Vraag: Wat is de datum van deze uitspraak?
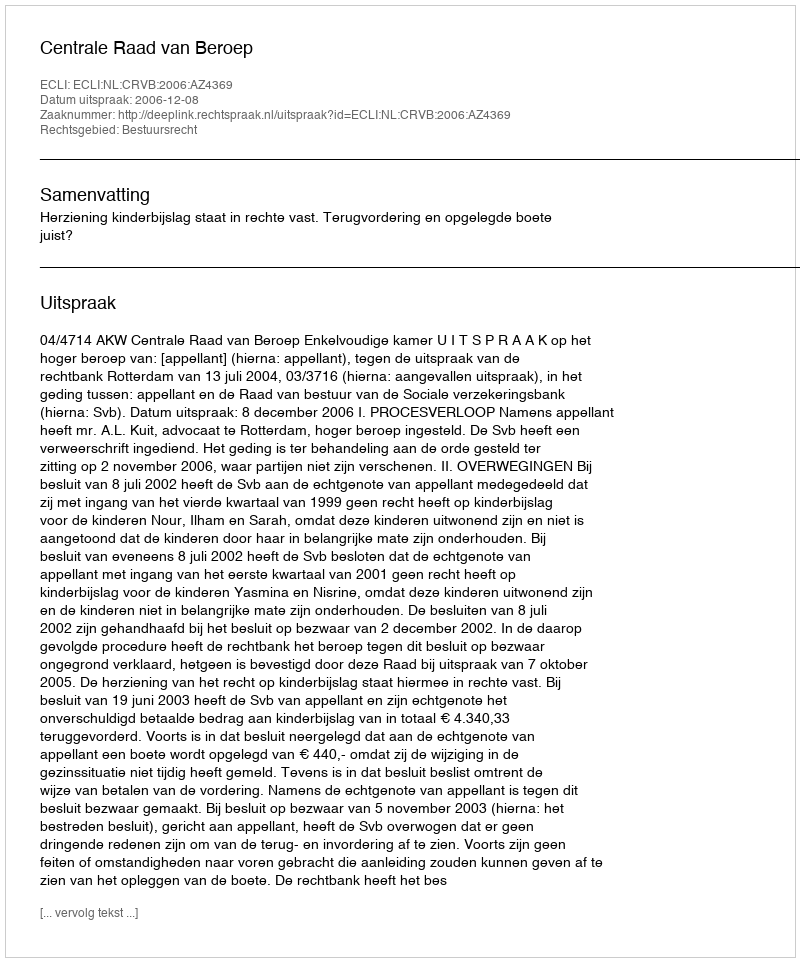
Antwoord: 2006-12-08